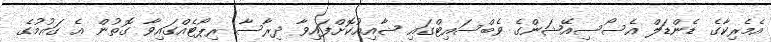
އެމެރިކާގެ ޑެންޑަލް އެސޯސިއޭޝަންގެ ވެބްސައިޓްގައި ޝާއިއުކޮށްފައިވާ ދިރާސާ ރިޕޯޓެއްގައިވާ ގޮތުން އެ ގައުމުގެ